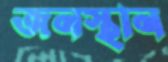
জনস্থান